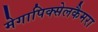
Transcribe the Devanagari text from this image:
मेगापिक्सेलकैमरा